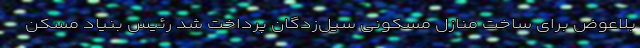
بلاعوض برای ساخت منازل مسکونی سیل‌زدگان پرداخت شد رئیس بنیاد مسکن